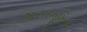
ભારતભૂમિના